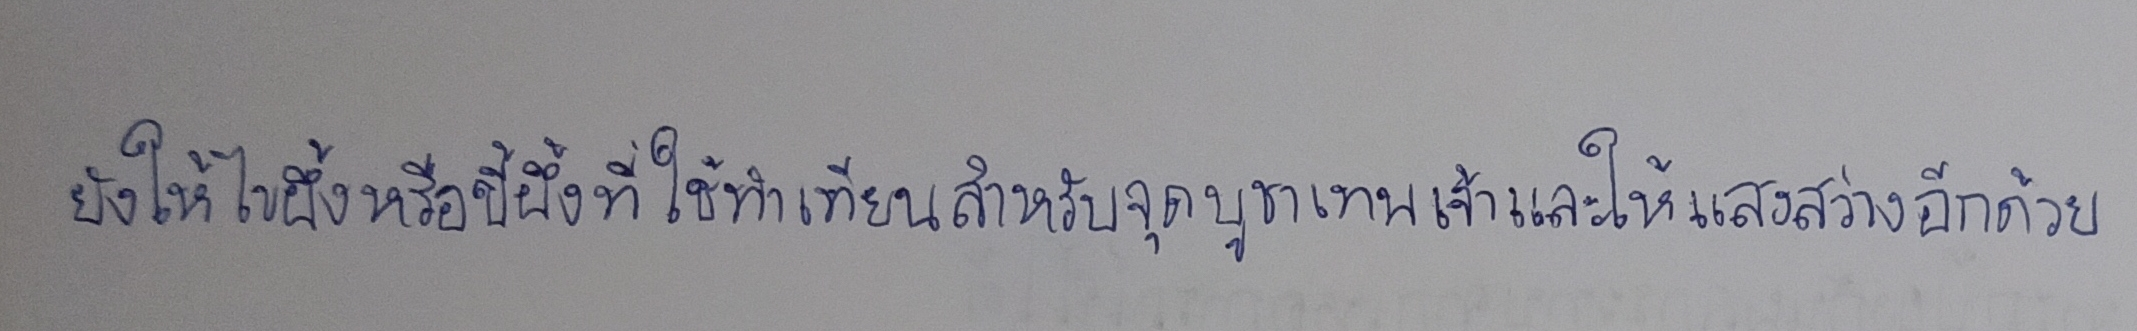
ยังให้ไขผึ้งหรือขี้ผึ้งที่ใช้ทำเทียนสำหรับจุดบูชาเทพเจ้าและให้แสงสว่างอีกด้วย